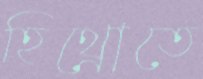
হিথ্রোতে